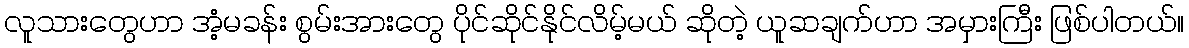
လူသားတွေဟာ အံ့မခန်း စွမ်းအားတွေ ပိုင်ဆိုင်နိုင်လိမ့်မယ် ဆိုတဲ့ ယူဆချက်ဟာ အမှားကြီး ဖြစ်ပါတယ်။